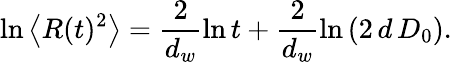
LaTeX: \ln\left\langle R(t)^{2}\right\rangle=\frac{2}{d_{w}}\ln t+\frac{2}{d_{w}}\ln\left(2\, d\, D_{0}\right).